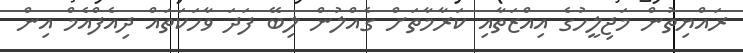
ރައްޔިތުން މަޖިލީހުގެ އިއްޒަތާއި ކަރާމާތަށް ގެއްލުން ލިބޭ ފަދަ ވާހަކަތައް ދިއެފްއެމް އިން